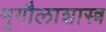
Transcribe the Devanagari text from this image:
मृगौलाशास्त्र